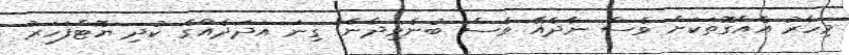
މިހާރު އެއްގޮތަކަށް ވެސް ނާދެއޭ ވެސް ބުނެވިދާނެ" ގިނަ އަދަދެއްގެ ކުދި ޔޮޓްފަހަރު